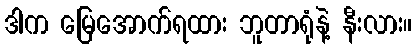
ဒါက မြေအောက်ရထား ဘူတာရုံနဲ့ နီးလား။